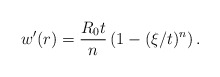
\begin{align*}w'(r)=\frac{R_0 t}{n}\left(1-(\xi/t)^{n} \right).\end{align*}